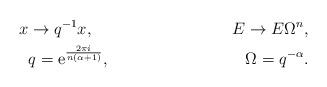
LaTeX: \begin{align*}x &\rightarrow q^{-1} x,& E & \rightarrow E \Omega^n, \\&q={\rm e}^{\frac{2\pi i}{n(\alpha+1)}},& &\Omega=q^{-\alpha}. \end{align*}